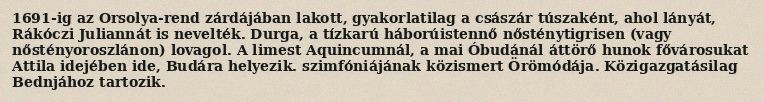
1691-ig az Orsolya-rend zárdájában lakott, gyakorlatilag a császár túszaként, ahol lányát, Rákóczi Juliannát is nevelték. Durga, a tízkarú háborúistennő nősténytigrisen (vagy nőstényoroszlánon) lovagol. A limest Aquincumnál, a mai Óbudánál áttörő hunok fővárosukat Attila idejében ide, Budára helyezik. szimfóniájának közismert Örömódája. Közigazgatásilag Bednjához tartozik.